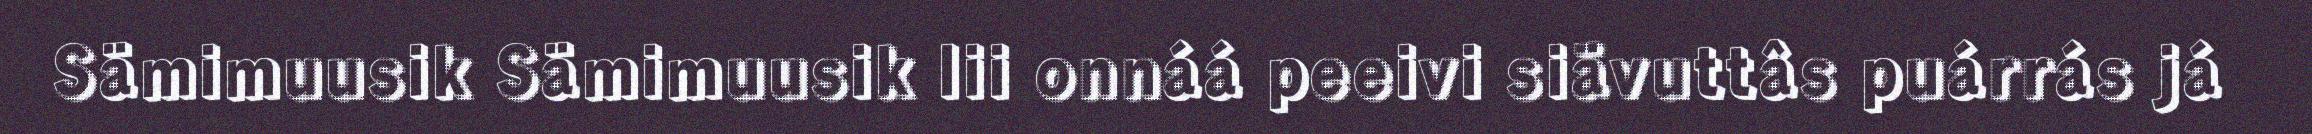
Sämimuusik Sämimuusik lii onnáá peeivi siävuttâs puárrás já